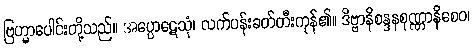
ဗြဟ္မာပေါင်းတို့သည်။ အပ္ပောဋေသုံ၊ လက်ပန်းခတ်တီးကုန်၏။ ဒိဗ္ဗာနိစန္ဒနစုဏ္ဏာနိစေဝ၊